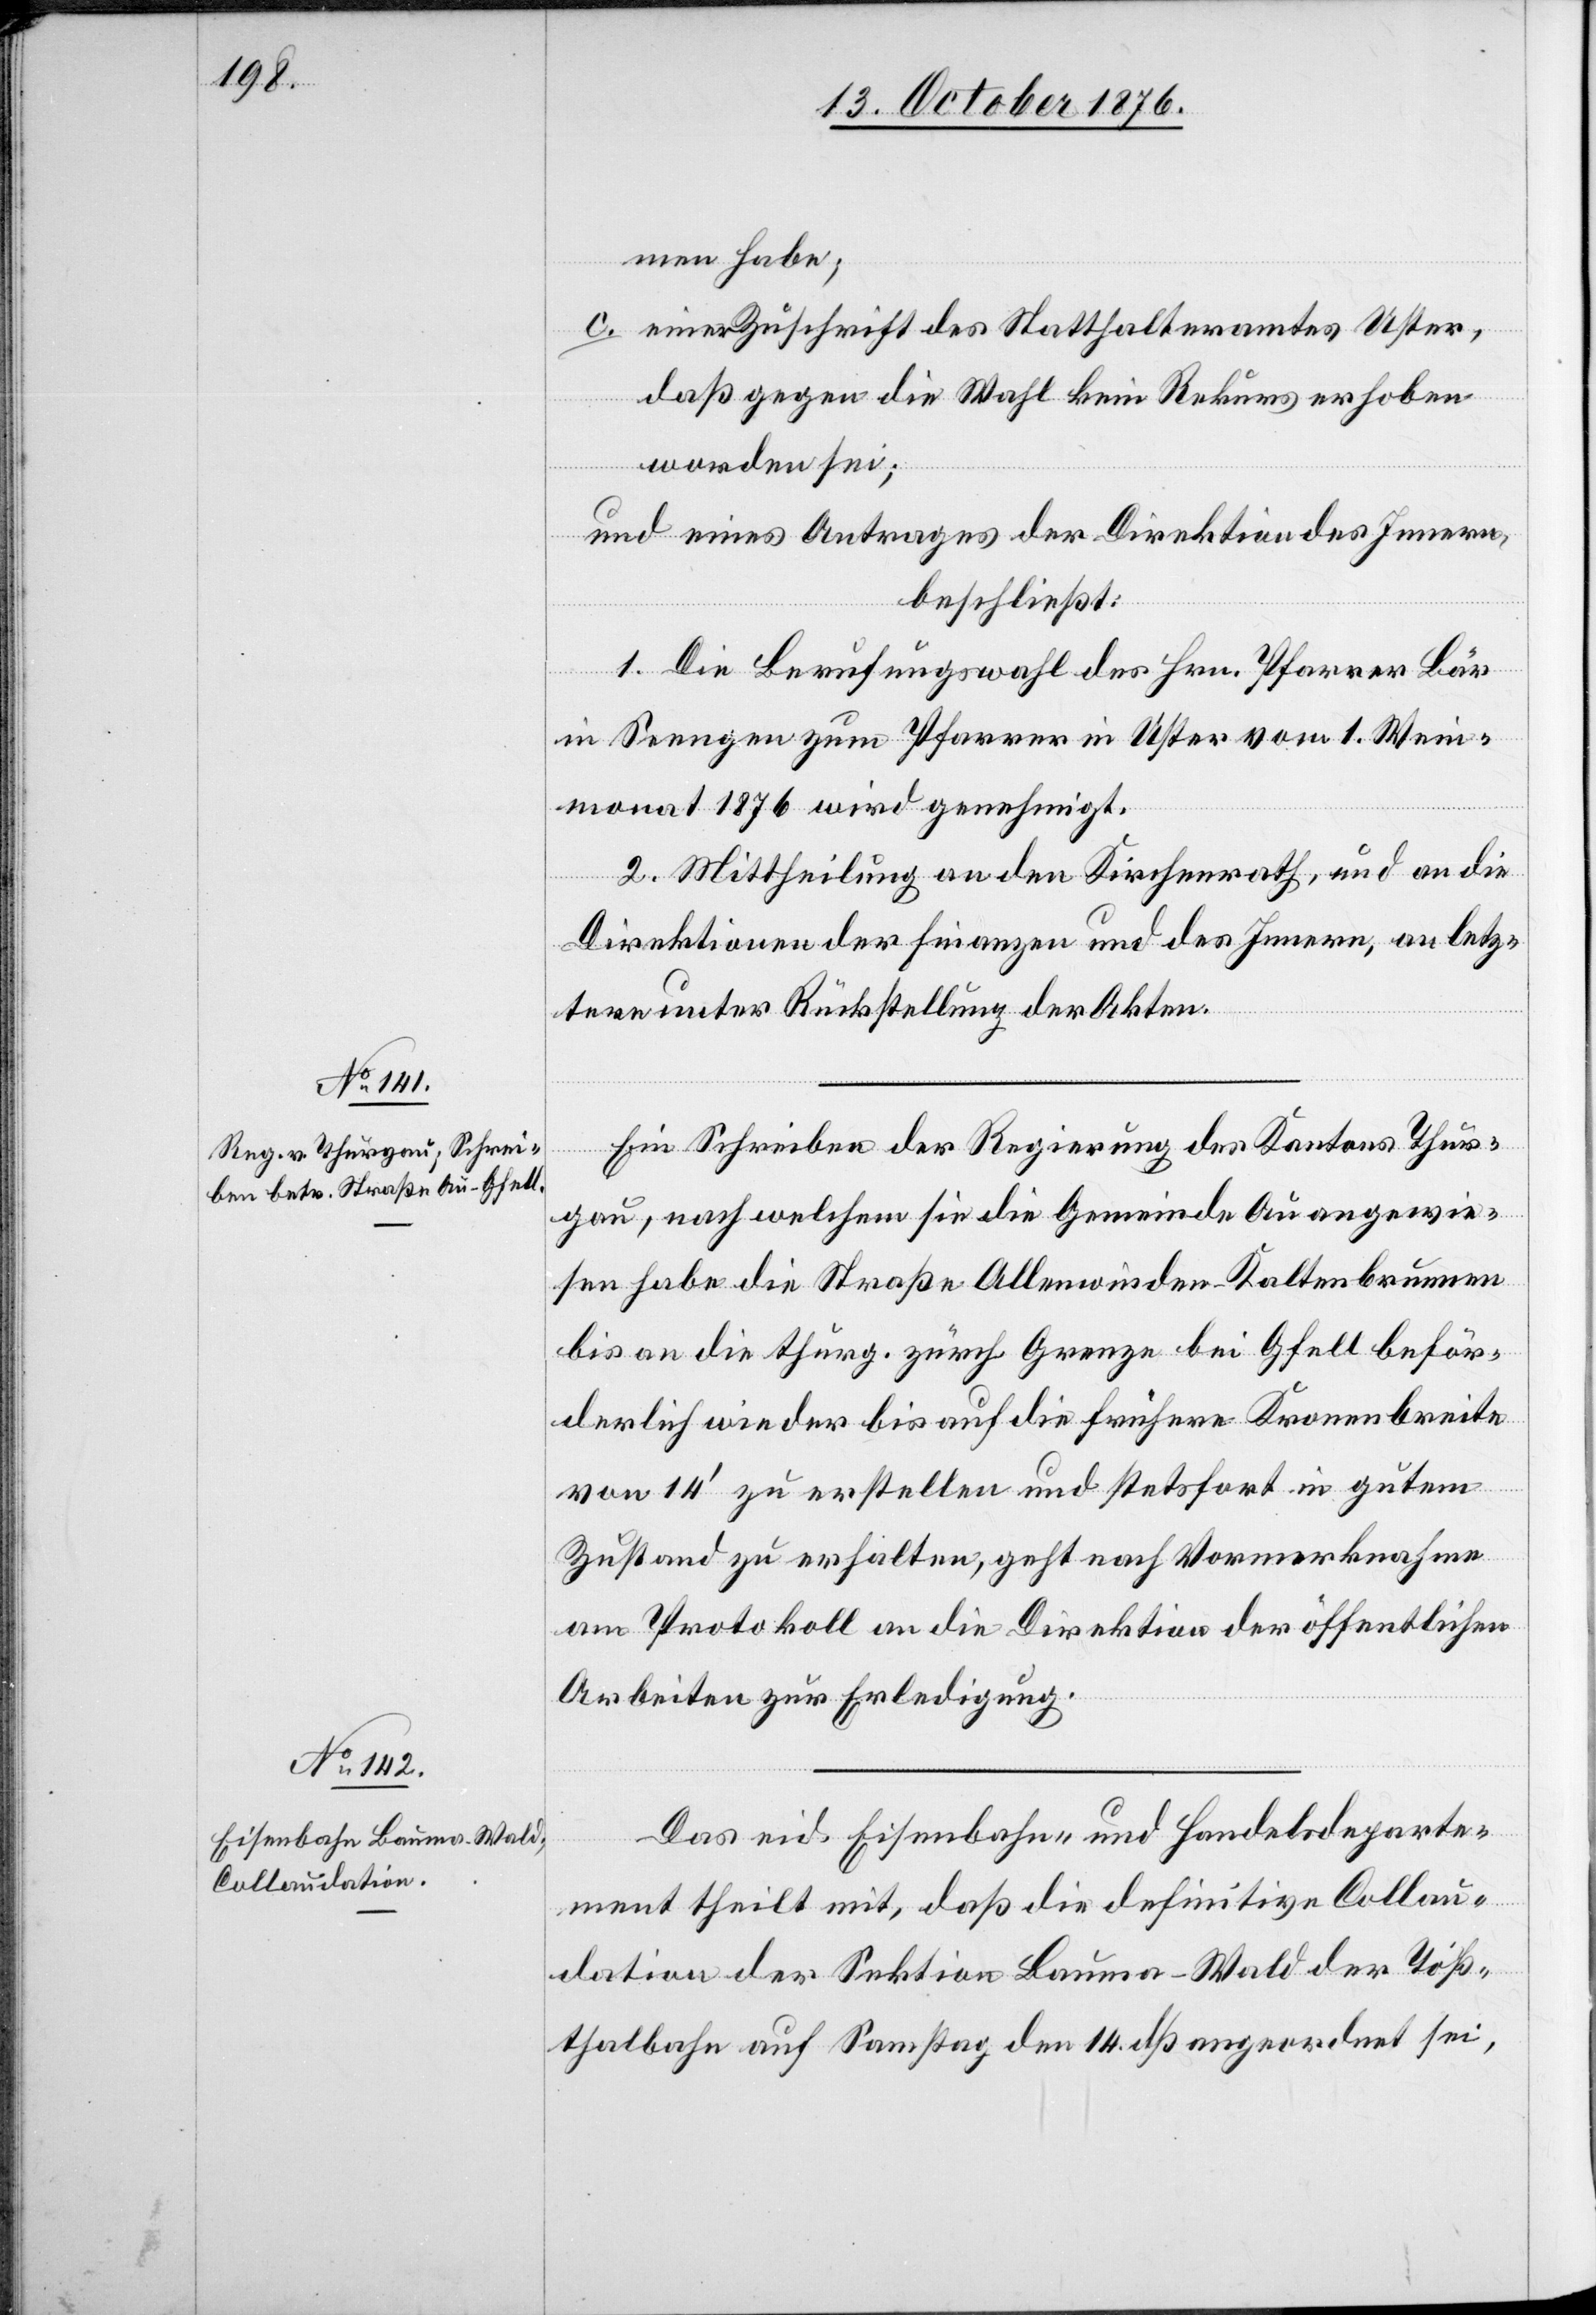
men habe;
des
daß gegen die Wahl kein Rekurs erhoben
eine
worden sei;
und eines Antrages der Direktion des Innern,
beschließt:
1. Die Berufungswahl des Hrn. Pfarrer Bär
in Seengen zum Pfarrer in Uster vom 1. Wein¬
monat 1876 wird genehmigt.
2. Mittheilung an den Kirchenrath, und an die
Direktionen der Finanzen und des Innern, an letz¬
tere unter Rückstellung der Akten.
Ein Schreiben der Regierung des Kantons Thur¬
gau, nach welchem sie die Gemeinde Au angewie¬
sen habe die Straße Allenwinden–Kaltenbrunnen
bis an die thurg. zürch. Grenze bei Gfell beför¬
derlich wieder bis auf die frühere Kronenbreite
von 14‘ zu erstellen und stetsfort in gutem
Zustand zu erhalten, geht nach Vormerknahme
am Protokoll an die Direktion der öffentlichen
Arbeiten zur Erledigung.
Das eid. Eisenbahn- und Handelsdeparte¬
ment theilt mit, daß die definitive Collau¬
dation der Sektion Bauma–Wald der Töß¬
thalbahn auf Samstag den 14. dß angeordnet sei,